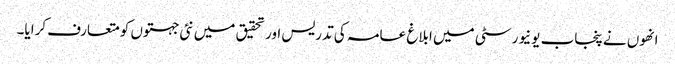
انھوں نے پنجاب یونیورسٹی میں ابلاغ عامہ کی تدریس اور تحقیق میں نئی جہتوں کو متعارف کرایا۔